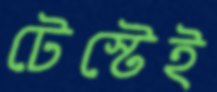
টেস্টেই